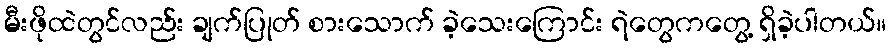
မီးဖိုထဲတွင်လည်း ချက်ပြုတ် စားသောက် ခဲ့သေးကြောင်း ရဲတွေကတွေ့ ရှိခဲ့ပါတယ်။